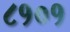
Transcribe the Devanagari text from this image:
८१०१